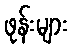
ဖုန်းများ